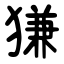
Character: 㺌